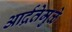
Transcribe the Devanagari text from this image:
आर्द्रतेमुळे